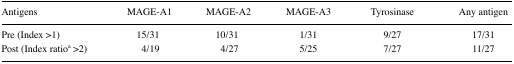
| Antigens | MAGE-A1 | MAGE-A2 | MAGE-A3 | Tyrosinase | Any antigen |
 | --- | --- | --- | --- | --- | --- |
 | Pre (Index >1) | 15/31 | 10/31 | 1/31 | 9/27 | 17/31 |
 | Post (Index ratioa >2) | 4/19 | 4/27 | 5/25 | 7/27 | 11/27 |